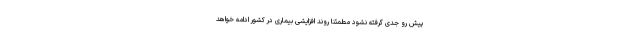
پیش رو جدی گرفته نشود مطمئنا روند افزایشی بیماری در کشور ادامه خواهد